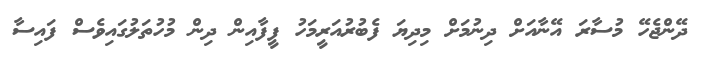
ދޭންޖެހޭ މުސާރަ އޭނާއަށް ދިނުމަށް މިދިޔަ ފެބުރުއަރީމަހު ފީފާއިން ދިން މުހުތަލުގައިވެސް ފައިސާ